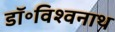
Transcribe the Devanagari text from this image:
डॉ॰विश्वनाथ